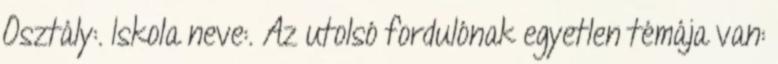
Osztály:. Iskola neve:. Az utolsó fordulónak egyetlen témája van: